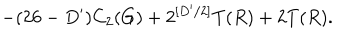
- ( 2 6 - D ^ { \prime } ) C _ { 2 } ( G ) + 2 ^ { [ D ^ { \prime } / 2 ] } T ( R ) + 2 T ( R ) .